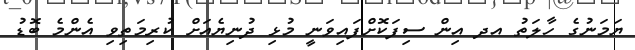
ޔަމަނުގެ ހާލަތު އދ އިން ސިފަކޮށްފައިވަނީ މުޅި ދުނިޔެއަށް ކުރިމަތިވި އެންމެ ބޮޑު